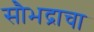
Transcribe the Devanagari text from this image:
सौभद्राचा